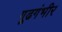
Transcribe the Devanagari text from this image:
गूढगंभीर